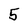
Character: 5